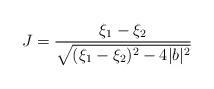
LaTeX: \begin{align*}J = { \xi_{1} - \xi_{2} \over { \sqrt{(\xi_{1}-\xi_{2})^{2} - 4 |b|^{2}}}}\end{align*}